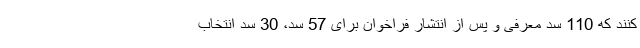
کنند که 110 سد معرفی و پس از انتشار فراخوان برای 57 سد، 30 سد انتخاب